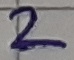
Text: 2